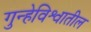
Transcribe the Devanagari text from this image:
गुन्हेविश्वातील